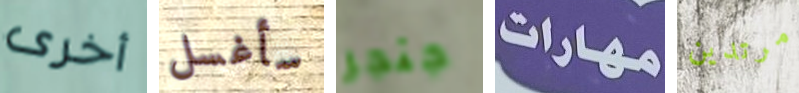
أخرى سأغسل جنجر مهارات مرتدين